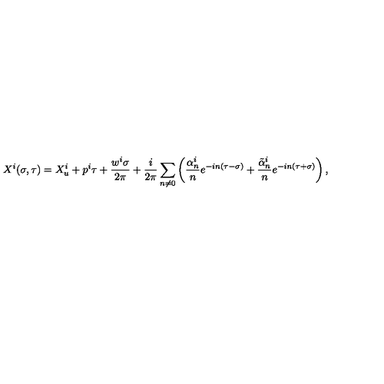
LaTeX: X ^ { i } ( \sigma , \tau ) = X _ { u } ^ { i } + p ^ { i } \tau + \frac { w ^ { i } \sigma } { 2 \pi } + \frac { i } { 2 \pi } \sum _ { n \neq 0 } \left( \frac { \alpha _ { n } ^ { i } } { n } e ^ { - i n ( \tau - \sigma ) } + \frac { { \tilde { \alpha } } _ { n } ^ { i } } { n } e ^ { - i n ( \tau + \sigma ) } \right) ,